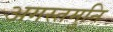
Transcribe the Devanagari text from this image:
अगस्तमुनि